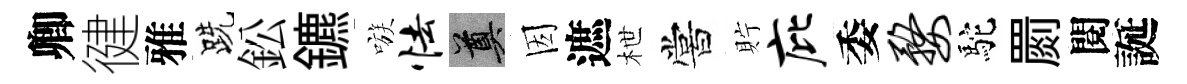
卿徤雅跣鈆鑣嗾怯奠因遮枻嘗貯庇委婺駝罽閱誕